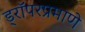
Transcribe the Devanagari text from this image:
ड्रॉपरप्रमाणे